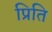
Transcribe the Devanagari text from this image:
प्रिति